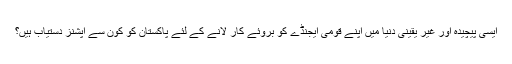
ایسی پیچیدہ اور غیر یقینی دنیا میں اپنے قومی ایجنڈے کو بروئے کار لانے کے لئے پاکستان کو کون سے آپشنز دستیاب ہیں؟